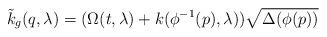
LaTeX: \begin{align*}\tilde k_g (q,\lambda) = (\Omega (t, \lambda) + k ( \phi^{-1}(p), \lambda ) ) \sqrt{\Delta(\phi (p))} \end{align*}